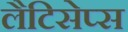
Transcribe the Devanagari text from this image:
लैटिसेप्स